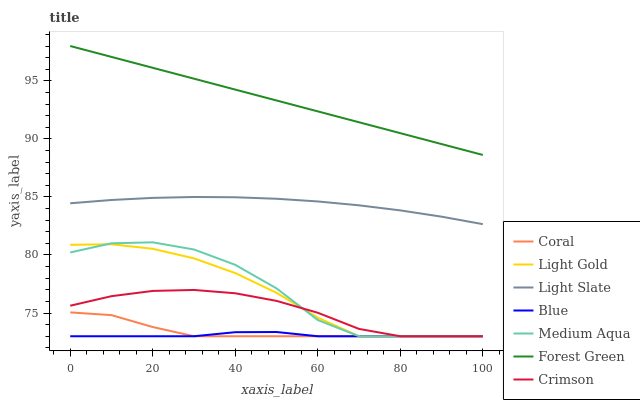
| xaxis_label | Coral | Light Gold | Light Slate | Blue | Medium Aqua | Forest Green | Crimson |
 | --- | --- | --- | --- | --- | --- | --- | --- |
 | 0 | 75.1 | 80.9 | 84.5 | 73 | 80.2 | 98 | 75.6 |
 | 10 | 74.8 | 80.9 | 84.7 | 73 | 81 | 97.1 | 76.5 |
 | 20 | 73.8 | 80.5 | 84.9 | 73 | 81.1 | 96.1 | 76.9 |
 | 30 | 73 | 79.7 | 85 | 73 | 80.5 | 95.2 | 77 |
 | 40 | 73 | 78.4 | 85 | 73.3 | 79.2 | 94.2 | 76.7 |
 | 50 | 73 | 76.7 | 84.8 | 73.4 | 77.1 | 93.3 | 76 |
 | 60 | 73 | 74.6 | 84.6 | 73 | 74.4 | 92.4 | 75 |
 | 70 | 73 | 73 | 84.3 | 73 | 73 | 91.4 | 73.6 |
 | 80 | 73 | 73 | 83.8 | 73 | 73 | 90.5 | 73 |
 | 90 | 73 | 73 | 83.3 | 73 | 73 | 89.6 | 73 |
 | 100 | 73 | 73 | 82.7 | 73 | 73 | 88.6 | 73 |